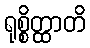
ရုစ္စိတ္ထာတိ